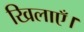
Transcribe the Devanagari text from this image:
खिलाएँ।